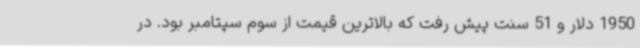
1950 دلار و 51 سنت پیش رفت که بالاترین قیمت از سوم سپتامبر بود. در